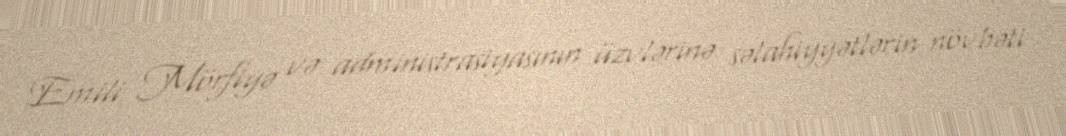
Emili Mörfiyə və administrasiyasının üzvlərinə səlahiyyətlərin növbəti